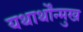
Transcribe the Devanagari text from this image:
यथार्थोंन्मुख